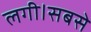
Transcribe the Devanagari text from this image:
लगी।सबसे